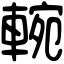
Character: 䡝